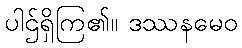
ပါဌ်ရှိကြ၏။ ဒဿနမေဝ